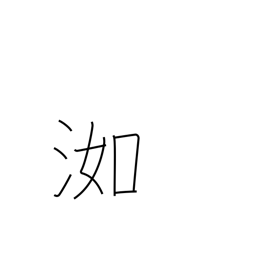
Meaning: wet